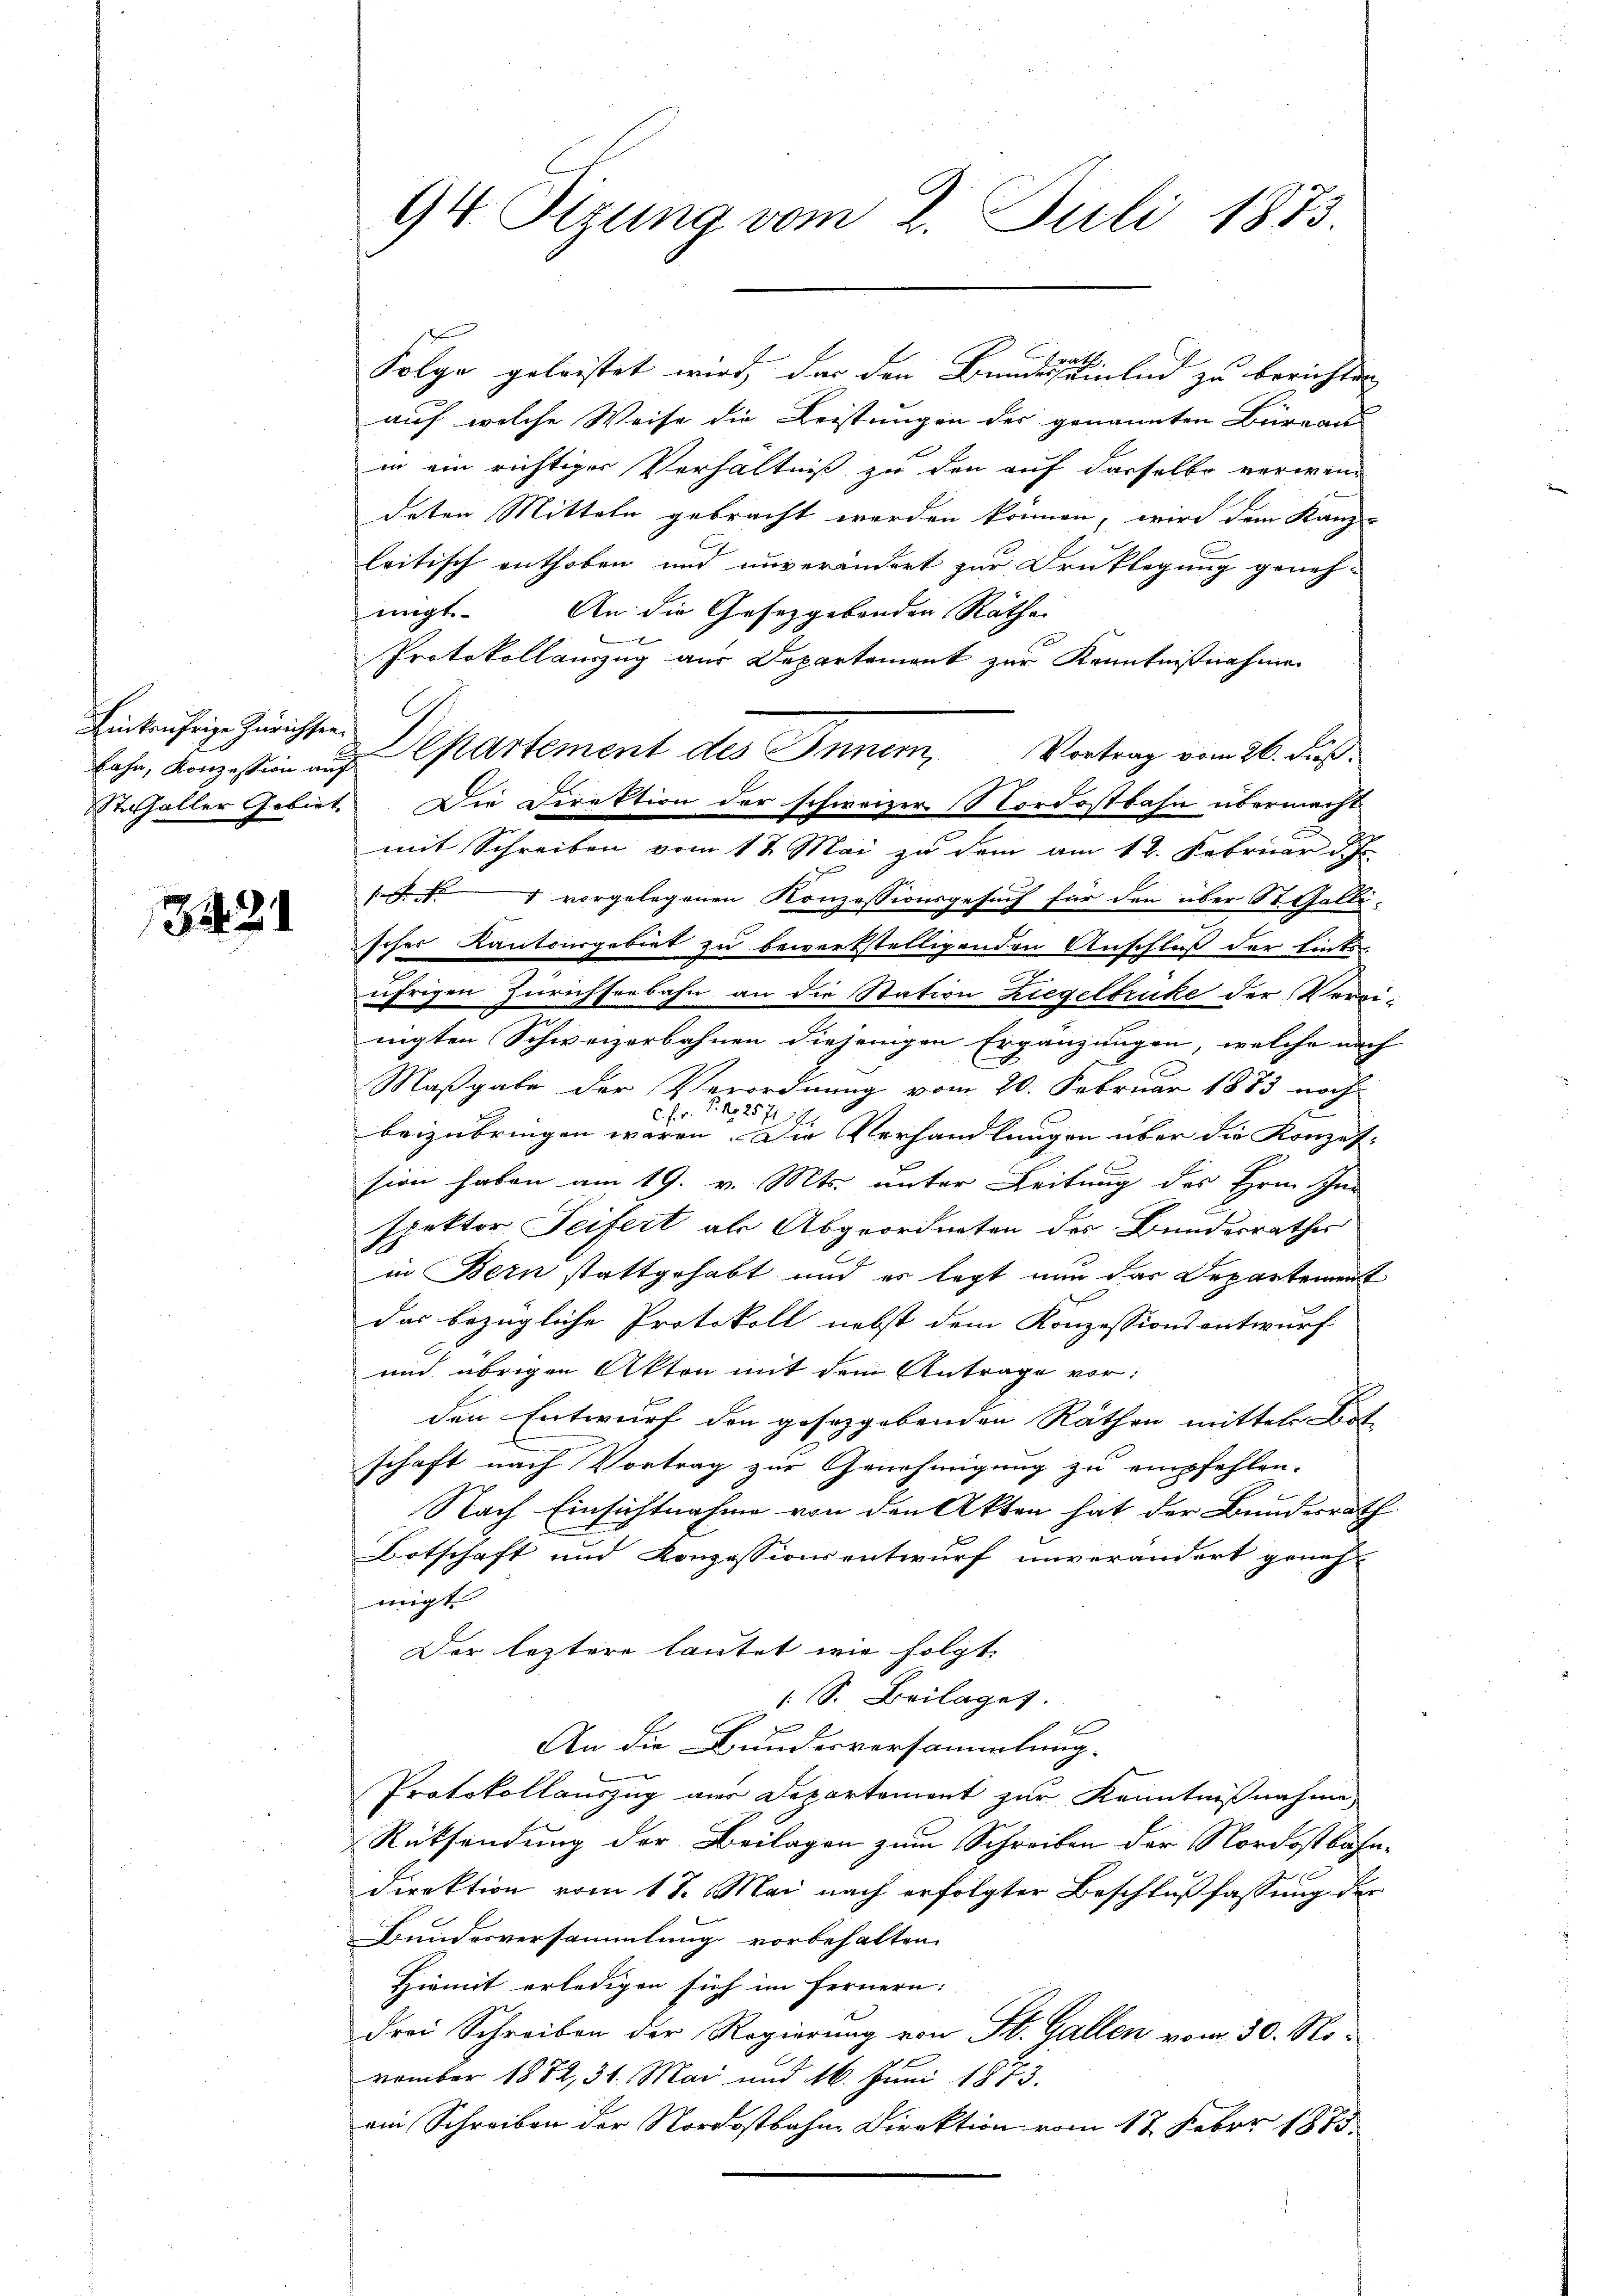
Linkufrige Zürichsen.

342

Folge geleistet wird, der den Bundespielen zu berichten |
auf welche Weise die Leistungen der genannten Büreau
in ein richtiger Verhältniß zu den auf dasselbo verwendeten Mitteln gebracht werden können, wird dem Kanz-
leitisch enthoben und unverändert zur Drucklegung geneh-
migt. An die Gesetzgebenden Räthe
Protokollauszug aus Departement zur Kenntnißnahmen
mit Schreiben vom 1 t Mai zu dem am 12. Februar d. J.
1 vorgelegenen Konzessionsgesuch für den über St. Gallisches Kantonsgebiet zu bewerkstelligenden Anschluß der Einte
ufrigen Zürichserbahn an die Station Ziegelbrüke der Verrinigten Schweizerbahnen diejenigen Ergänzungen, welche nach
Maßgabe der Verordnung vom 20. Februar 1883 noch
C. Fr. P. Nr. 2571
beizubringen wären. Die Verhandlungen über die Konzession haben am 19. v. Mts. unter Leitung des Hrn. In
spektor Seifert als Abgeordneten des Bundesrathes
in Bern stattgehabt und es legt nun das Departement
das bezügliche Protokoll nebst dem Konzessionsentwurf
und übrigen Akten mit dem Antrage vor:
den Entwurf den gesetzgebenden Räthen mittels Bot
schaft nach Vortrag zur Genehmigung zu empfehlen.
Nach Einsichtnahme von den Akten hat der Bundesrath
Botschaft und Konzessionsentwurf unverändert geneh-
migt
Der leztere lautet wie folgt.
1 S. Beilages.
t
An die Bundesversammlung.
Protokollauszug aus Departement zur Kenntnißnahme
Rücksendung der Beilagen zum Schreiben der Nordostbahn¬
Direktion vom 18. Mai nach erfolgter Beschlußfassung der
Bundesversammlung vorbehalten.
Hiemit erledigen sich im fernern:
drei Schreiben der Regierung von St. Gallen vom 30. No¬
1 x
vember 1882, 31. Mai und 16. Juni 1873.
ein Schreiben der Nordostbahne Direktion vom 18. Feber 1875.

94. Sizung vom 2. Juli 1873.

Lahn, Konzestein auf partement des Innern, Vortrag vom 26. Fuß.
terhaller Gebiet. Die Direktion der schweizer Nordostbahn übermacht.

Prath